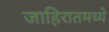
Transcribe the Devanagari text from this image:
जाहिरातमध्ये